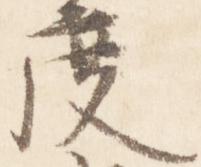
度